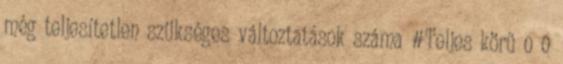
még teljesítetlen szükséges változtatások száma #Teljes körű 0 0